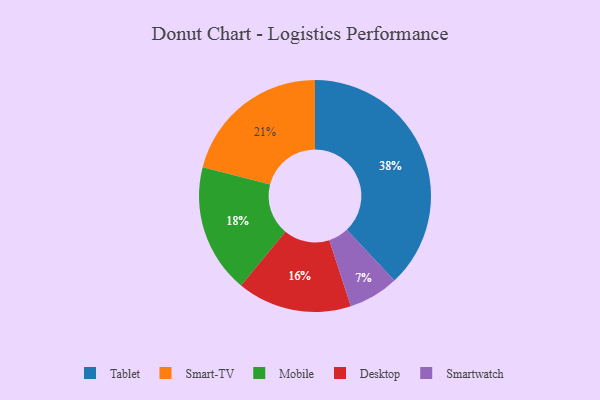
{"axis": {"x": "Category", "y": "Percentage"}, "legend": ["Desktop", "Mobile", "Smart-TV", "Smartwatch", "Tablet"], "data": [{"x": "Tablet", "y": 38, "type": "Tablet"}, {"x": "Mobile", "y": 18, "type": "Mobile"}, {"x": "Smartwatch", "y": 7, "type": "Smartwatch"}, {"x": "Smart-TV", "y": 21, "type": "Smart-TV"}, {"x": "Desktop", "y": 16, "type": "Desktop"}]}